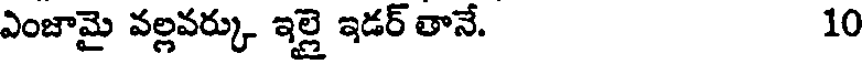
ఎంజామై వల్లవర్కు ఇల్లై ఇడర్ తానే. 10